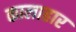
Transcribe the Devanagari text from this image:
कालाहार